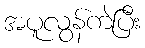
အပူလွန်ကဲပြီး